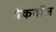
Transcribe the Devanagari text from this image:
ब्रेकवॉल